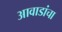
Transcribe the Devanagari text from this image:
आवाडांचा